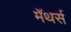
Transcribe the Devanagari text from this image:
मॅथर्स